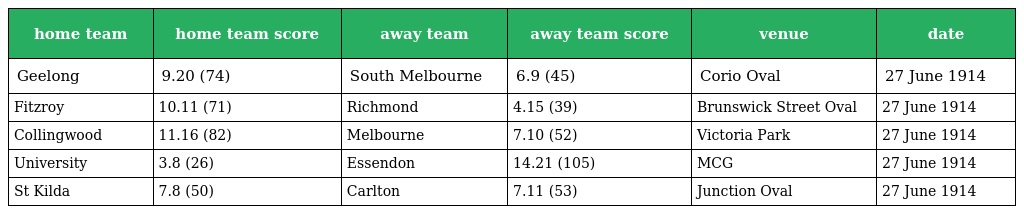
| home team | home team score | away team | away team score | venue | date |
 | --- | --- | --- | --- | --- | --- |
 | Geelong | 9.20 (74) | South Melbourne | 6.9 (45) | Corio Oval | 27 June 1914 |
 | Fitzroy | 10.11 (71) | Richmond | 4.15 (39) | Brunswick Street Oval | 27 June 1914 |
 | Collingwood | 11.16 (82) | Melbourne | 7.10 (52) | Victoria Park | 27 June 1914 |
 | University | 3.8 (26) | Essendon | 14.21 (105) | MCG | 27 June 1914 |
 | St Kilda | 7.8 (50) | Carlton | 7.11 (53) | Junction Oval | 27 June 1914 |